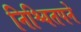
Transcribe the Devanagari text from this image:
निश्चितपने